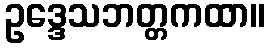
ဥဒ္ဒေသဘတ္တကထာ။